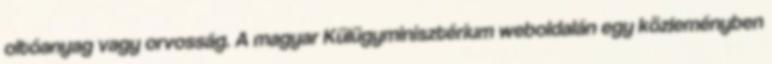
oltóanyag vagy orvosság. A magyar Külügyminisztérium weboldalán egy közleményben